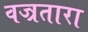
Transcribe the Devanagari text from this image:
वज्रतारा